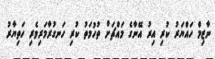
ނާޒިމް ހައްޔަރު ކުރި އިރު އޭނާގެ މައްޗަށް ތުހުމަތު ކުރި ހަނގުރާމަރިވެރި ހަތިޔާރު